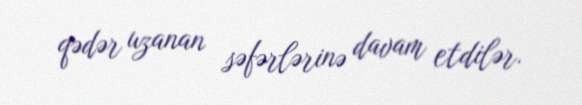
qədər uzanan səfərlərinə davam etdilər.